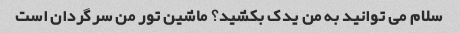
سلام می توانید به من یدک بکشید؟ ماشین تور من سرگردان است